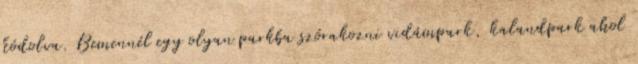
kódolva. Bemennél egy olyan parkba szórakozni vidámpark, kalandpark ahol